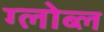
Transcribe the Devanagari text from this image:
ग्लोब्ल